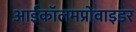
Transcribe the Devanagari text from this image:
आईकॉलमप्रोवाइडर